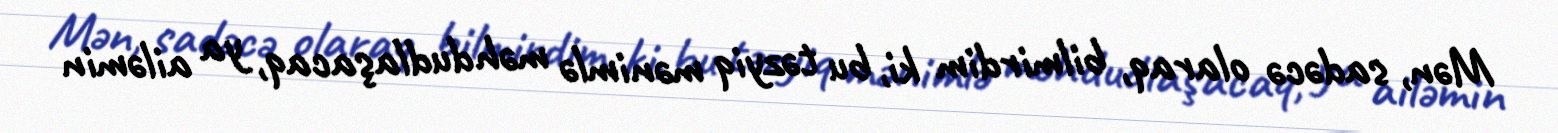
Mən, sadəcə olaraq, bilmirdim ki, bu təzyiq mənimlə məhdudlaşacaq, ya ailəmin